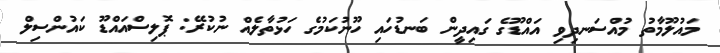
މައުލޫމާތު މުއްސަނދިވި އައްޑޫގެ ގައިދީން ބަނޑުހައި ހޫނުކަމުގެ ހަޅުތާލެއް ނުކުރޭ: ޕޮލިސްއައްޑޫ ކައުންސިލް